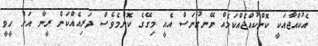
އެކުއްޖާއަކީ ކޮންކުއްޖެއްކަމެއް ނޭނގުނަސް އެއީ މިގޭގެ ކޮންމެވެސް ދަރިއެއްކަން ރީނާ އަށް ހީވީ